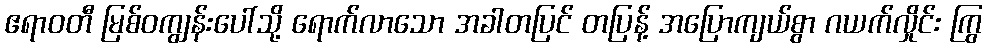
ဧရာဝတီ မြစ်ဝကျွန်းပေါ်သို့ ရောက်လာသော အခါတပြင် တပြန့် အပြောကျယ်စွာ ဂယက်လှိုင်း ကြွ